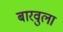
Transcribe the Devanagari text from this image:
बारवुला